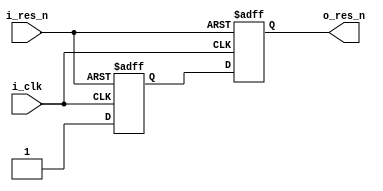
module reset_gen (
    input   wire    i_clk,
    input   wire    i_res_n,
    output  wire    o_res_n
);

    reg r_ff1;
    reg r_ff2;

    always @(posedge i_clk or negedge i_res_n) begin
        if (~i_res_n) begin
            r_ff1 <= 1'b0;
            r_ff2 <= 1'b0;
        end else begin
            r_ff1 <= 1'b1;
            r_ff2 <= r_ff1;
        end
    end
    assign o_res_n = r_ff2;

endmodule